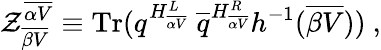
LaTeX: {\cal Z}_{\overline{{{\beta V}}}}^{\overline{{{\alpha V}}}}\equiv\mathrm{Tr}(q^{H_{\overline{{{\alpha V}}}}^{L}}~{\overline{{q}}}^{H_{\overline{{{\alpha V}}}}^{R}}h^{-1}({\overline{{{\beta V}}}}))~,